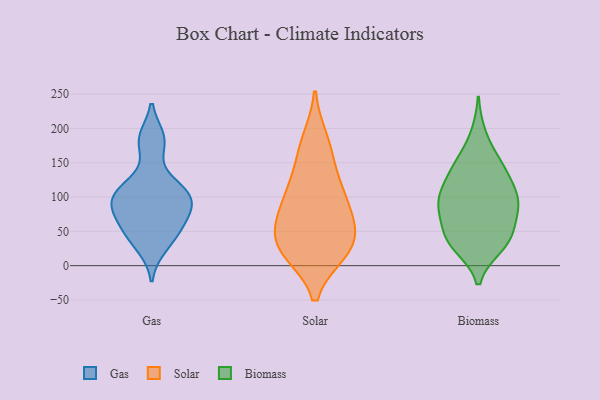
{"axis": {"x": "Humidity (%)", "y": "Value"}, "legend": ["Biomass", "Gas", "Solar"], "data": [{"x": "", "y": 90, "type": "Gas"}, {"x": "", "y": 88, "type": "Gas"}, {"x": "", "y": 180, "type": "Gas"}, {"x": "", "y": 115, "type": "Gas"}, {"x": "", "y": 53, "type": "Gas"}, {"x": "", "y": 88, "type": "Gas"}, {"x": "", "y": 111, "type": "Gas"}, {"x": "", "y": 46, "type": "Gas"}, {"x": "", "y": 28, "type": "Gas"}, {"x": "", "y": 185, "type": "Gas"}, {"x": "", "y": 67, "type": "Gas"}, {"x": "", "y": 107, "type": "Gas"}, {"x": "", "y": 109, "type": "Solar"}, {"x": "", "y": 30, "type": "Solar"}, {"x": "", "y": 21, "type": "Solar"}, {"x": "", "y": 62, "type": "Solar"}, {"x": "", "y": 182, "type": "Solar"}, {"x": "", "y": 22, "type": "Solar"}, {"x": "", "y": 79, "type": "Solar"}, {"x": "", "y": 26, "type": "Solar"}, {"x": "", "y": 90, "type": "Solar"}, {"x": "", "y": 47, "type": "Solar"}, {"x": "", "y": 165, "type": "Solar"}, {"x": "", "y": 122, "type": "Solar"}, {"x": "", "y": 34, "type": "Biomass"}, {"x": "", "y": 103, "type": "Biomass"}, {"x": "", "y": 98, "type": "Biomass"}, {"x": "", "y": 104, "type": "Biomass"}, {"x": "", "y": 99, "type": "Biomass"}, {"x": "", "y": 78, "type": "Biomass"}, {"x": "", "y": 30, "type": "Biomass"}, {"x": "", "y": 144, "type": "Biomass"}, {"x": "", "y": 77, "type": "Biomass"}, {"x": "", "y": 37, "type": "Biomass"}, {"x": "", "y": 138, "type": "Biomass"}, {"x": "", "y": 102, "type": "Biomass"}, {"x": "", "y": 148, "type": "Biomass"}, {"x": "", "y": 80, "type": "Biomass"}, {"x": "", "y": 47, "type": "Biomass"}, {"x": "", "y": 191, "type": "Biomass"}, {"x": "", "y": 28, "type": "Biomass"}, {"x": "", "y": 146, "type": "Biomass"}, {"x": "", "y": 50, "type": "Biomass"}]}